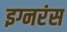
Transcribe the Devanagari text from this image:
इग्नरंस